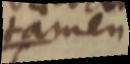
tamen